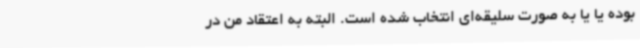
بوده یا یا به صورت سلیقه‌ای انتخاب شده است. البته به اعتقاد من در